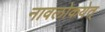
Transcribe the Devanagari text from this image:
नावलोकयेत्